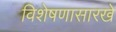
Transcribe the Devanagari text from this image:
विशेषणासारखे